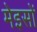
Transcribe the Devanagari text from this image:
मेइसों